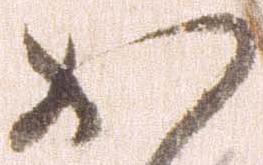
か